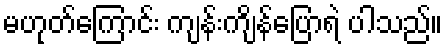
မဟုတ်ကြောင်း ကျန်းကျိန်ပြောရဲ ပါသည်။